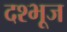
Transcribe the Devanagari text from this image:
दश्भूज